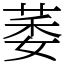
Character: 萎